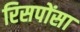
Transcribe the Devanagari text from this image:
रिसपोंसा